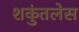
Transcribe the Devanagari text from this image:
शकुंतलेस